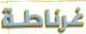
غرناطة